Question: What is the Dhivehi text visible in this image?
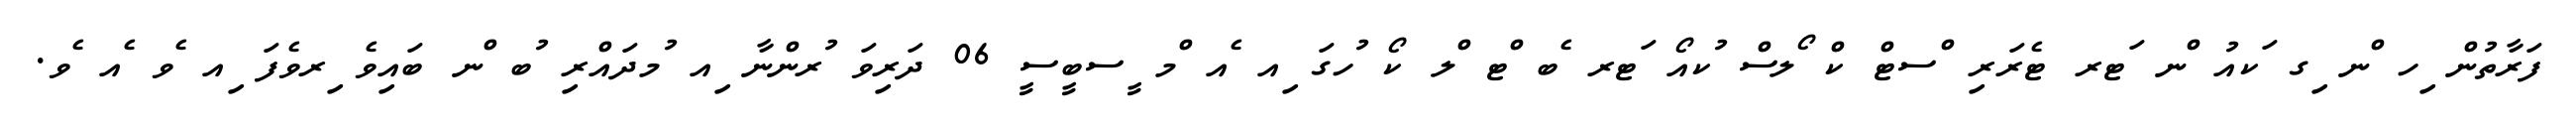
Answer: ފަރާތުން ިހ ްނ ިގ ަކއު ްނ ަޓރ ޓެރަރި ްސޓް ކް ޯލސް ުކއޯ ަޓރ ެބ ްޓ ްލ ކޯ ުހގަ ިއ ެއ ްމ ީސބީސީ 06 ދަރިވަ ުރންނާ ިއ ުމދައްރި ުބ ްނ ބައިވެ ިރވެފަ ިއ ެވ ެއ ެވ.